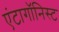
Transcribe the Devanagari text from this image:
एंटागॉनिस्ट